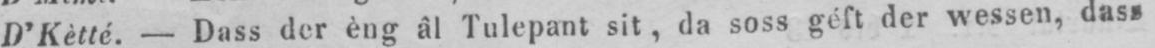
D’Kètté. - Dass der èng âl Tulepant sit, da soss géft der wessen, das